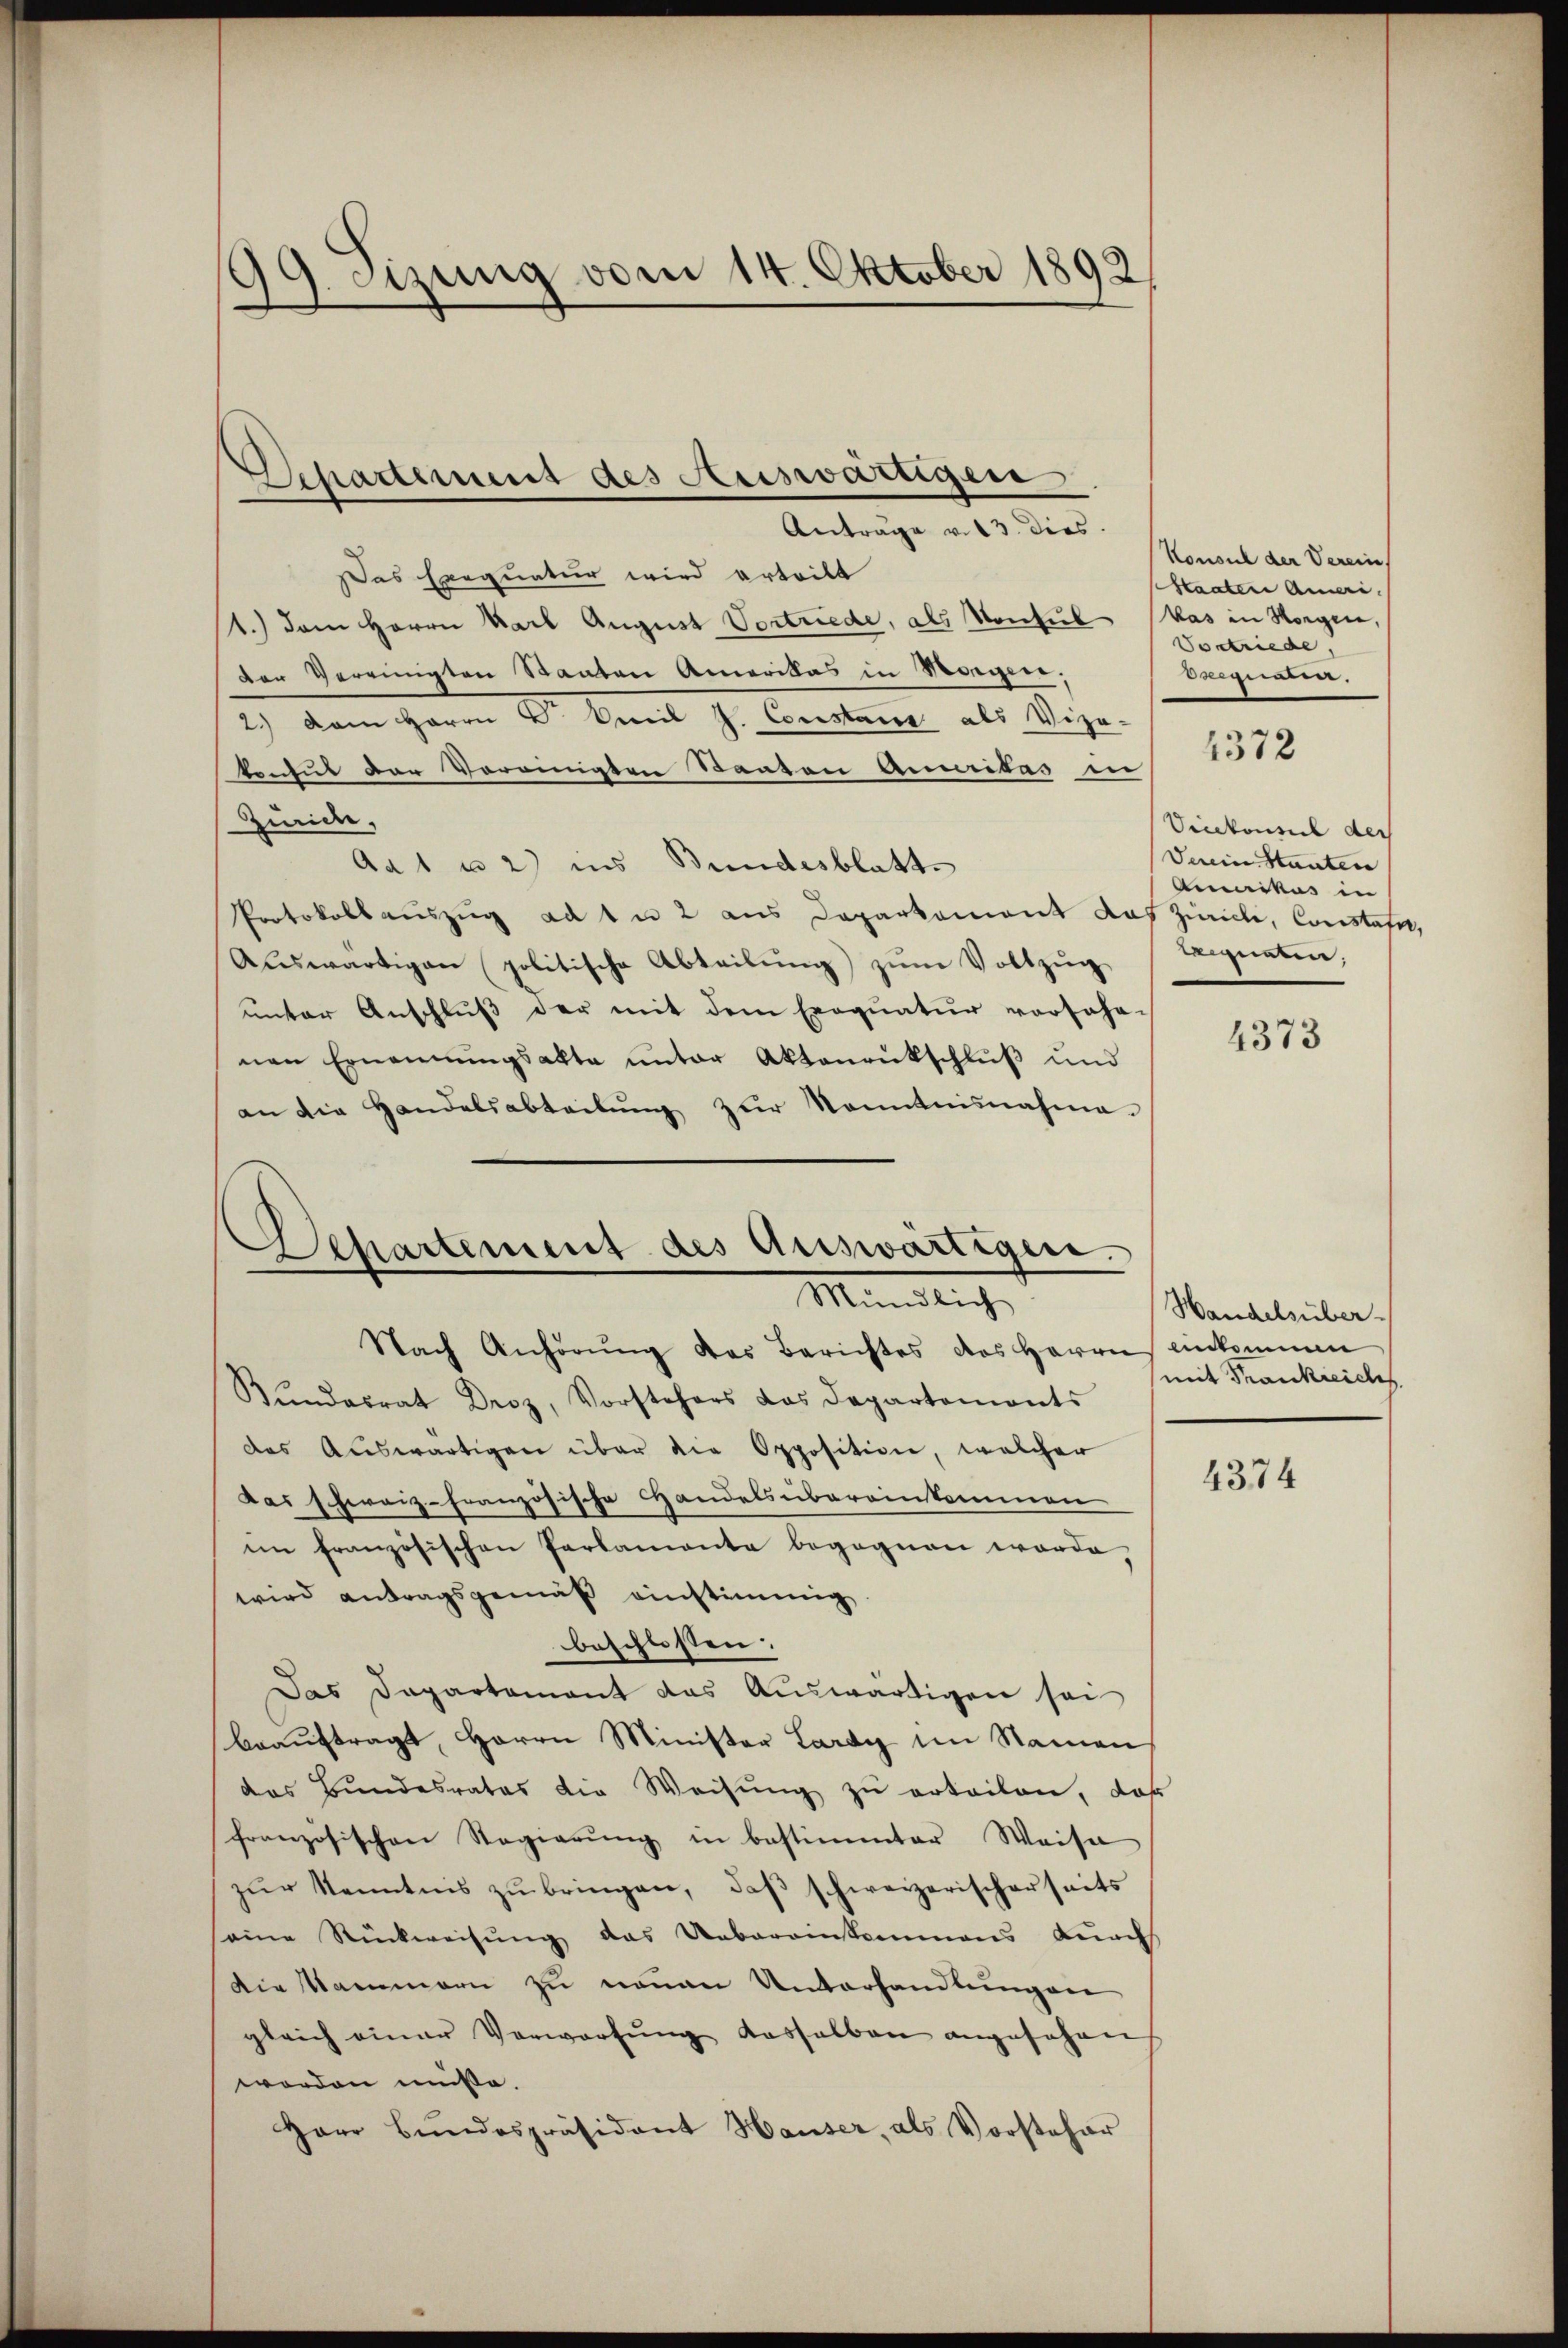
as Exequatur wird erteilt
1.) Dem Herrn Karl August Vortriede, als Konsul Was in Horgen,
der Vereinigten Staaten Amerikas in Morgen;
Dr. Amil J. Constanz als Vize-
tectut der Vereinigten Staaten Annitas in
Zürich,
Ad 1 u 2) ins Bundesblatt.
Protokollauszug ad 1 u 2 aus Doparkoment das Zürich, Constate,
Aŭswärtigen politische Abteilŭng zŭm Vollzŭg
unter Anschlŭβ der mit dem Exequatur vorfahr-
nen Ernennungsakte ŭnter Aktenrückschlŭβ und
an die Handelsabteilŭng zur Kenntnisnahme.

Nach Anhörŭng des Berichtes des Herrn einkommen
Bŭndesrat Droz, Vorstehers das Departemonts
des Auswärtigen über die Opposition, welcher
Das schweiz-Französische Handels übereinkommen
iin französischen Parlamente begegnen worde,
wird antragsgemäß einstimmig
beschlossen:
Das Dapartement das Auswärtigen sei
beauftragt, Herrn Minister Lardy im Namen
das Bundesrates die Weisung zu erteilen, daß
französischen Regierung in bestimmter Weise
zŭr Kenntnis zŭ bringen, daβ schweizerischerseits
eine Rückweisung das Uebereinkommens durch
Die Kammern zu neuen Unterhandlungen
gleich einer Verwortŭng dasselben angesehen
worden müsse.
Herr Bundespräsident Hauser, als Vorsteher

99. Sizung vom 14. Oktober 1892

Departement des Auswärtigen
Antrage v. 13. dies

Departement des Auswärtigen.
Mündlich

Konsul der Verein
Staaten Ameri
Vortriede
eweren.

1372

Vinkonseil der
Verein Staaten
Amnikus in
eeigneten,

4373

Handelsüber
mit Krankreichs

4374